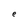
Character: e